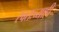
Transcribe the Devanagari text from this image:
स्वतःच्याही